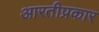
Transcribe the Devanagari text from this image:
आरतीप्रकार